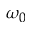
\omega _ { 0 }